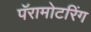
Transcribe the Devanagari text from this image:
पॅरामोटरिंग